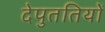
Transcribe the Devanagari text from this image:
देपुततियों